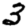
Digit: 3